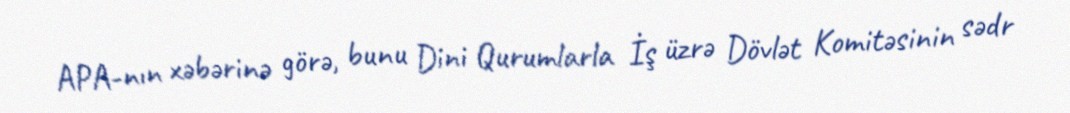
APA-nın xəbərinə görə, bunu Dini Qurumlarla İş üzrə Dövlət Komitəsinin sədr